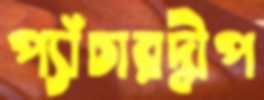
প্যাঁচারদ্বীপ